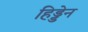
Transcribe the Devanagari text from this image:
हिड्डेन